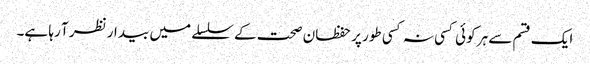
ایک قسم سے ہر کوئی کسی نہ کسی طور پر حفظان صحت کے سلسلے میں بیدار نظر آ رہا ہے۔